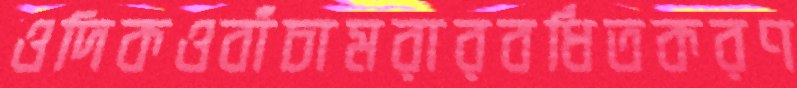
ওদিকওবাঁচামরারবর্ধিতকরণ